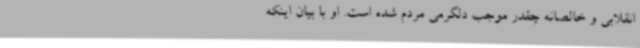
انقلابی و خالصانه چقدر موجب دلگرمی مردم شده است. او با بیان اینکه